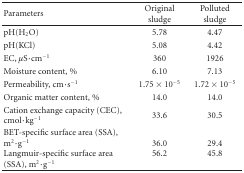
<table><thead><tr><td><b>Parameters</b></td><td><b>Original sludge</b></td><td><b>Polluted sludge</b></td></tr></thead><tbody><tr><td>pH(H<sub>2</sub>O)</td><td>5.78</td><td>4.47</td></tr><tr><td>pH(KCl)</td><td>5.08</td><td>4.42</td></tr><tr><td>EC, <i>μ</i>S·cm<sup>−1</sup></td><td>360</td><td>1926</td></tr><tr><td>Moisture content, %</td><td>6.10</td><td>7.13</td></tr><tr><td>Permeability, cm·s<sup>−1</sup></td><td>1.75 × 10<sup>−5</sup></td><td>1.72 × 10<sup>−5</sup></td></tr><tr><td>Organic matter content, %</td><td>14.0</td><td>14.0</td></tr><tr><td>Cation exchange capacity (CEC), cmol·kg<sup>−1</sup></td><td>33.6</td><td>30.5</td></tr><tr><td>BET-specific surface area (SSA), m<sup>2</sup>·g<sup>−1</sup> Langmuir-specific surface area (SSA), m<sup>2</sup>·g<sup>−1</sup></td><td>36.056.2</td><td>29.445.8</td></tr></tbody></table>